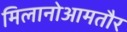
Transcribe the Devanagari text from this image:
मिलानोआमतौर